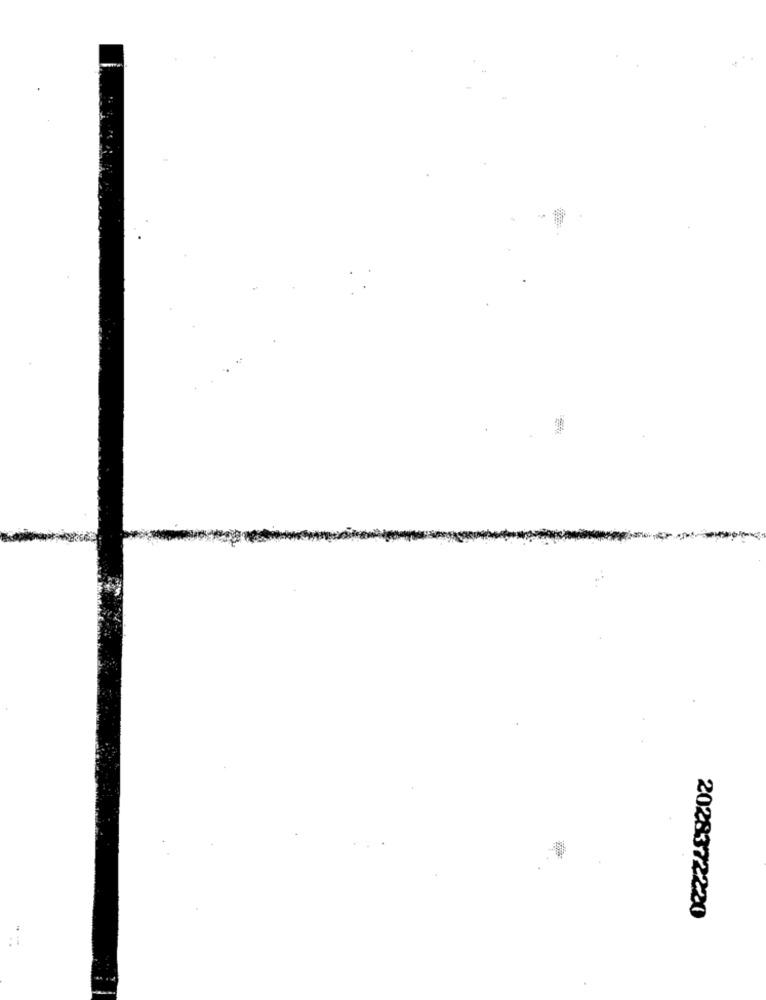
2028372220